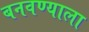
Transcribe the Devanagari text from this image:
बनवण्याला